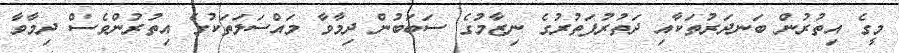
މީގެ އިތުރުން ބަނދަރުތަކާއި ދަތުރުފަތުރުގެ ނިޒާމުގެ ސަބަބުން ދިމާވާ މައްސަލަތަކުގެ އިތުރުންވެސް ދިމާވާ